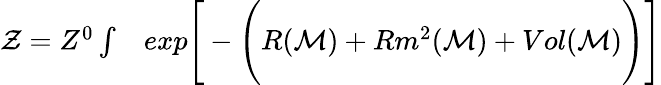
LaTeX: \begin{array}{rl}{\mathcal{Z}=Z^{0}\int}&{{}exp\Bigg[-\Bigg(R(\mathcal{M})+Rm^{2}(\mathcal{M})+Vol(\mathcal{M})\Bigg)\Bigg]}\end{array}